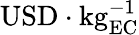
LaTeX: \mathrm{USD}\cdot\mathrm{kg}_{\mathrm{EC}}^{-1}